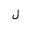
Letter: _lam